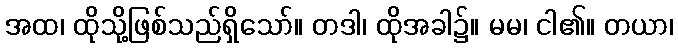
အထ၊ ထိုသို့ဖြစ်သည်ရှိသော်။ တဒါ၊ ထိုအခါ၌။ မမ၊ ငါ၏။ တယာ၊